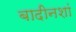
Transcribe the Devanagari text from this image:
बादीनशां